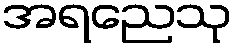
အရညေသု